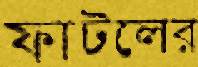
ফাটলের